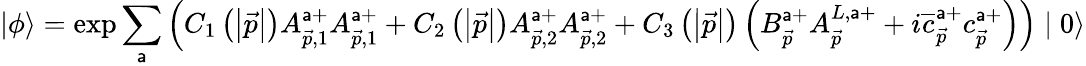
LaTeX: |\phi\rangle=\exp\sum_{\mathsf{a}}\left(C_{1}\left(\left|\vec{{p}}\right|\right)A_{\vec{{p}},1}^{\mathsf{a}+}A_{\vec{{p}},1}^{\mathsf{a}+}+C_{2}\left(\left|\vec{{p}}\right|\right)A_{\vec{{p}},2}^{\mathsf{a}+}A_{\vec{{p}},2}^{\mathsf{a}+}+C_{3}\left(\left|\vec{{p}}\right|\right)\left(B_{\vec{{p}}}^{\mathsf{a}+}A_{\vec{{p}}}^{L,\mathsf{a}+}+i\overline{{{{c}}}}_{\vec{{p}}}^{\mathsf{a}+}c_{\vec{{p}}}^{\mathsf{a}+}\right)\right)\mid0\rangle